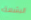
البشعة